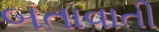
બતાવાતી